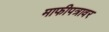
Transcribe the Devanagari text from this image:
माफीपत्रावर